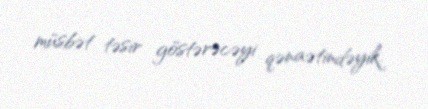
müsbət təsir göstərəcəyi qənaətindəyik.